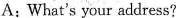
A: What's your address?